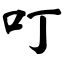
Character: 叮